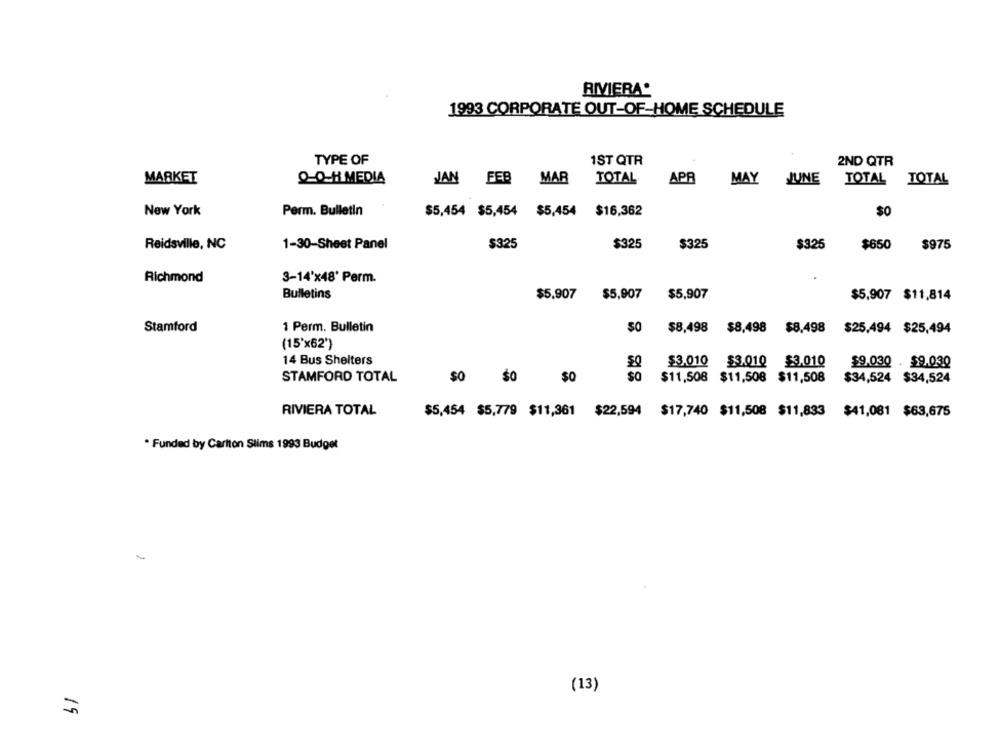
RIVIERA*
1993 CORPORATE OUT-OF-HOME SCHEDULE
TYPE OF
1ST QTR
2ND QTR
MARKET
Q-0-H MEDIA
JAN FEB
MAR
TOTAL
APR
MAY
JUNE
TOTAL
TOTAL
New York
Perm. Bulletin
$5,454 $5,454
$5,454
$16,362
$0
Reidsville, NC
1-30-Sheet Panel
$325
$325
$325
$325
$650
$975
Richmond
3-14'x48' Perm.
Bulletins
$5,907
$5,907
$5,907
$5,907 $11,814
Stamford
1 Perm. Bulletin
$0
$8,498
$8,498 $8,498
$25,494 $25,494
(15'x62')
14 Bus Shelters
$3,010 $3.010 $3.010
$9.030 . $9.030
SO
STAMFORD TOTAL
$0
$11,508 $11,508 $11,508
$34,524 $34,524
RIVIERA TOTAL
$5,454 $5,779 $11,361 $22,594 $17,740 $11,508 $11,833 $41,081 $63,675
. Funded by Carlton Slims 1993 Budget
-
(13)
15